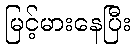
မြင့်မားနေပြီး